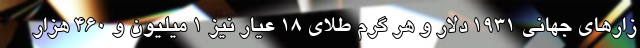
زارهای جهانی ۱۹۳۱ دلار و هر گرم طلای ۱۸ عیار نیز ۱ میلیون و ۴۶۰ هزار